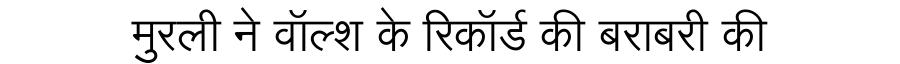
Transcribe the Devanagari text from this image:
मुरली ने वॉल्श के रिकॉर्ड की बराबरी की